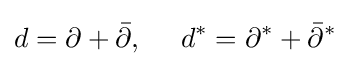
d=\partial +{\bar {\partial }},\ \ \ \ d^{*}=\partial ^{*}+{\bar {\partial }}^{*}